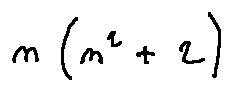
n ( n ^ { 2 } + 2 )